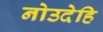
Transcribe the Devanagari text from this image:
नोउदेहि